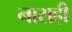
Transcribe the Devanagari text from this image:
नाराही